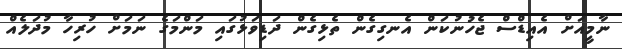
ނާމީއަށް އެއިޑްސް ޖެހުނުކަން އެނގިގެން ތެޅިގެން ދަޑިވަޅުގައި މަންމަގެ ނަމަށް ހުރިހާ މުދަލެއް